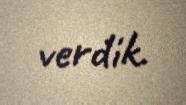
verdik.